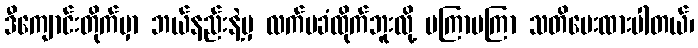
ဒီကျောင်းတိုက်မှာ ဘယ်နည်းနဲ့မှ လက်မခံထိုက်ဘူးလို့ မကြာမကြာ သတိပေးထားပါတယ်၊